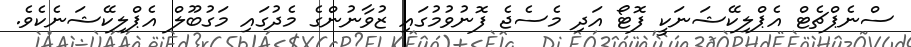
ސްނެޕްޗެޓް އެޕްލިކޭޝަނަކީ ފޮޓޯ އަދި މެސެޖެ ފޮނުވުމުގައި ޒުވާނުންގެ މެދުގައި މަގުބޫލް އެޕްލިކޭޝަނެކެވެ.